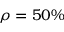
\rho = 5 0 \%